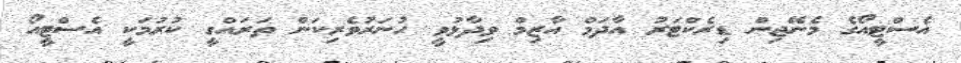
އެސްޓީއޯގެ މެނޭޖިން ޑިރެކްޓަރު އާދަމް އާޒިމް ވިދާޅުވީ ހުނަރުވެރިކަން ތަރައްގީ ކުރުމަކީ އެސްޓީއޯ